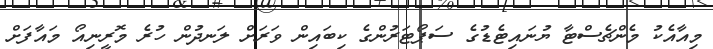
މިއާއެކު މެންޗެސްޓާ ޔުނައިޓެޑުގެ ސަޕޯޓަރުންގެ ކިބައިން ވަރަށް ލަނދުން ހުރެ މޮރީނިއޯ މައާފަށް